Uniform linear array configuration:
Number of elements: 48
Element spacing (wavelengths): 0.5
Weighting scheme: blackman
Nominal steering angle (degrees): -60
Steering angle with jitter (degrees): -58.066
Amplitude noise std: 0.05
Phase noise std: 0.05

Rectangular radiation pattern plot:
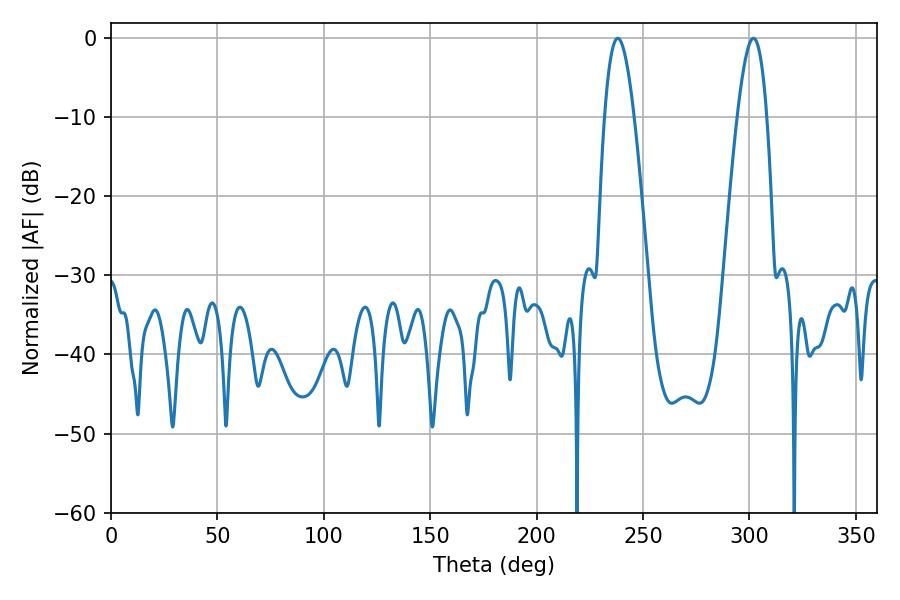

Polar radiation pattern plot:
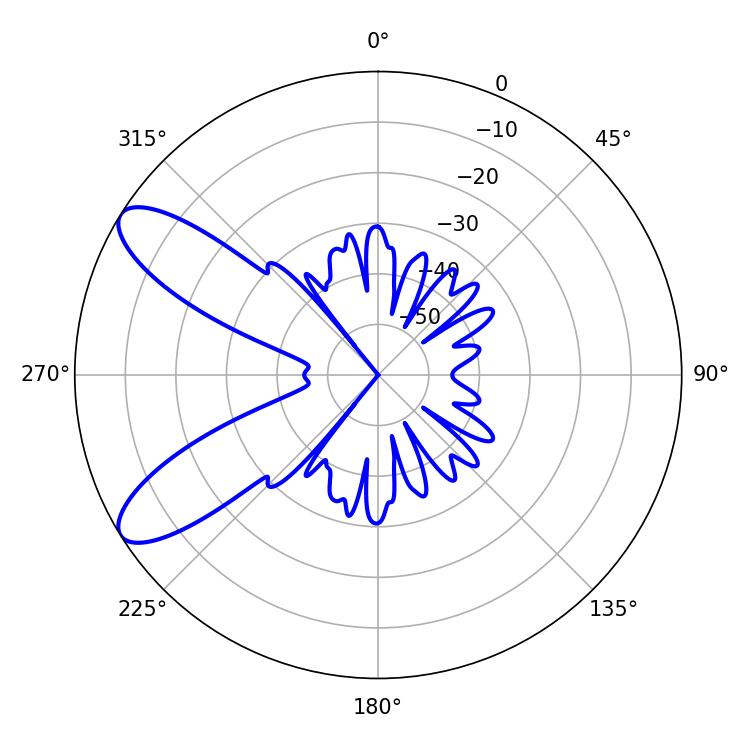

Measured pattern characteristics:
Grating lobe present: FALSE
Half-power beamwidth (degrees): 7.56
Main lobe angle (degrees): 238.14